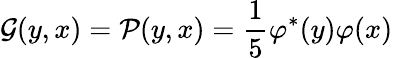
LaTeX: \mathcal G(y,x)=\mathcal P(y,x)=\frac{1}{5}\varphi^{*}(y)\varphi(x)